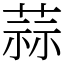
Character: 蒜